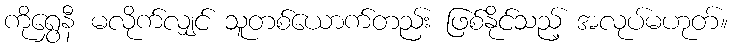
ကိုရွှေနီ မလိုက်လျှင် သူတစ်ယောက်တည်း ဖြစ်နိုင်သည့် အလုပ်မဟုတ်။